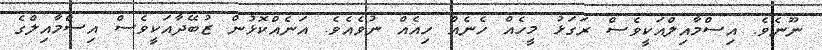
ނޫނެވެ. އިސްމާއިލްއަކީވެސް ރަގަޅު މީހެއް ހެނެއް ހިއެއް ނުވެއެވެ. އަނެއްކޮޅުން ޒުބޭދާއަކީވެސް އިސްމާއިލްގެ